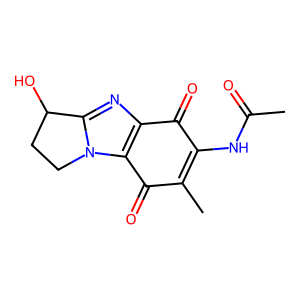
SMILES: CC(=O)NC1=C(C)C(=O)c2c(nc3n2CCC3O)C1=O
Inhibits HIV replication: No